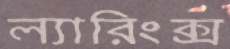
ল্যারিংক্স